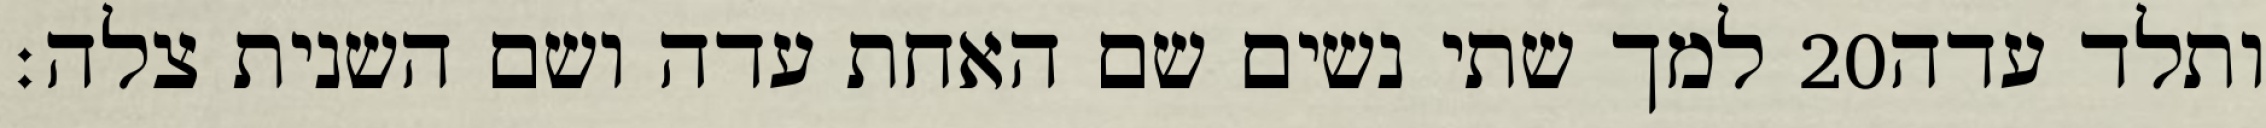
למך שתי נשים שם האחת עדה ושם השנית צלה׃ ‎20‏ ותלד עדה